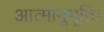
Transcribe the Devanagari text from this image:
आत्मानुभूति।